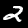
Digit: 2